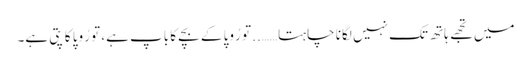
میں تجھے ہاتھ تک نہیں لگانا چاہتا…….. تو رُوپا کے بچے کا باپ ہے، تو رُوپا کا پتی ہے۔